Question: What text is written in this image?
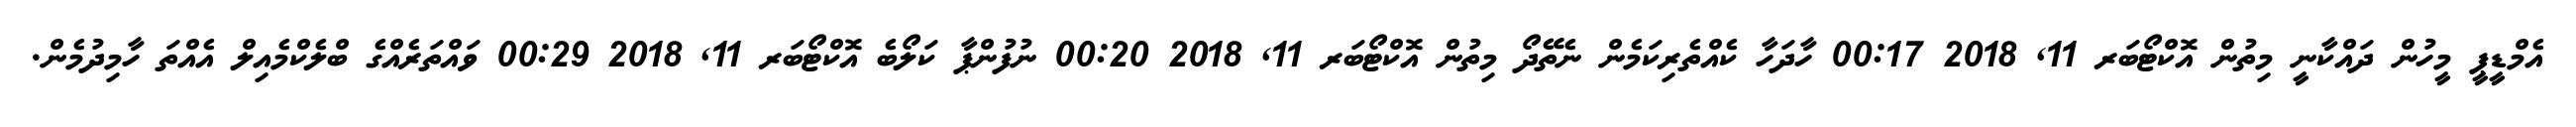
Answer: އެމްޑީޕީ މީހުން ދައްކާނީ މިތުން އޮކްޓޯބަރ 11, 2018 00:17 ހާދަހާ ކެއްތެރިކަމެން ނެތޭދޯ މިތުން އޮކްޓޯބަރ 11, 2018 00:20 ނުފުންޕާ ކަލޯބެ އޮކްޓޯބަރ 11, 2018 00:29 ވައްތަރެއްގެ ބްލެކްމެއިލް އެއްތަ ހާމިދުމެން.